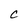
Character: C